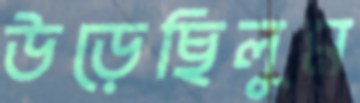
উড়েছিলুম